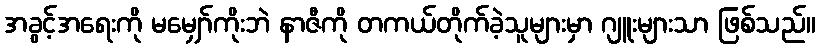
အခွင့်အရေးကို မမျှော်ကိုးဘဲ နာဇီကို တကယ်တိုက်ခဲ့သူများမှာ ဂျူးများသာ ဖြစ်သည်။